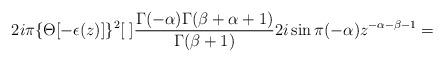
LaTeX: \begin{align*}2i\pi\{\Theta[-\epsilon(z)]\}^2[\;]\frac {\Gamma(-\alpha)\Gamma(\beta+\alpha+1)} {\Gamma(\beta+1)}2i\sin\pi(-\alpha) z^{-\alpha-\beta-1}=\end{align*}